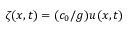
\zeta ( x , t ) = ( c _ { 0 } / g ) u ( x , t )